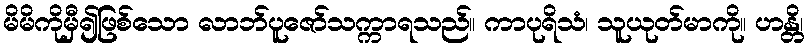
မိမိကိုမှီ၍ဖြစ်သော လာဘ်ပူဇော်သက္ကာရသည်။ ကာပုရိသံ၊ သူယုတ်မာကို။ ဟန္တိ၊